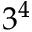
3 ^ { 4 }